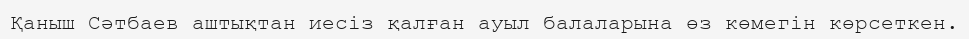
Қаныш Сәтбаев аштықтан иесіз қалған ауыл балаларына өз көмегін көрсеткен.